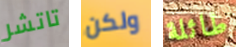
تاتشر ولكن طائلة